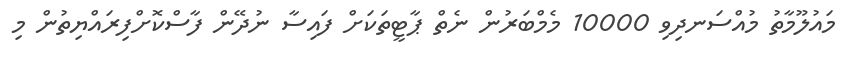
މައުލޫމާތު މުއްސަނދިވި 10000 މެމްބަރުން ނެތް ޕާޓީތަކަށް ފައިސާ ނުދޭން ފާސްކޮށްފިރައްޔިތުން މި